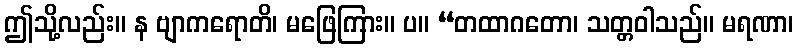
ဤသို့လည်း။ န ဗျာကရောတိ၊ မဖြေကြား။ ပ။ “တထာဂတော၊ သတ္တဝါသည်။ မရဏာ၊